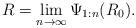
LaTeX: \begin{align*} R = \lim_{n \to \infty}{\Psi_{1:n}(R_0)}. \end{align*}